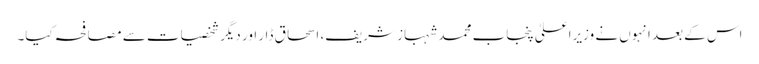
اس کے بعد انہوں نے وزیراعلیٰ پنجاب محمد شہباز شریف، اسحاق ڈار اور دیگر شخصیات سے مصافحہ کیا۔